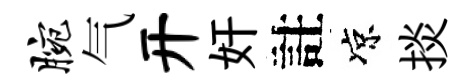
腕气开奸註凉掞